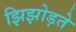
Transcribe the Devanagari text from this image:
झिझोड़ते